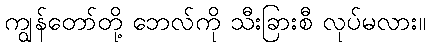
ကျွန်တော်တို့ ဘေလ်ကို သီးခြားစီ လုပ်မလား။